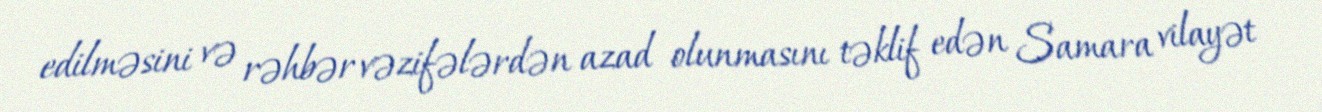
edilməsini və rəhbər vəzifələrdən azad olunmasını təklif edən Samara vilayət